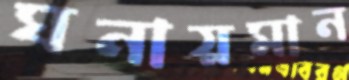
ঘনায়মান